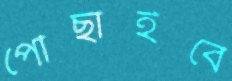
পৌঁছাইবে